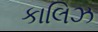
કાલિઝ